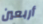
أربعين